Lunatic asylums Central Provinces reports 1886-1894 - 1886-1894
Year: 1886
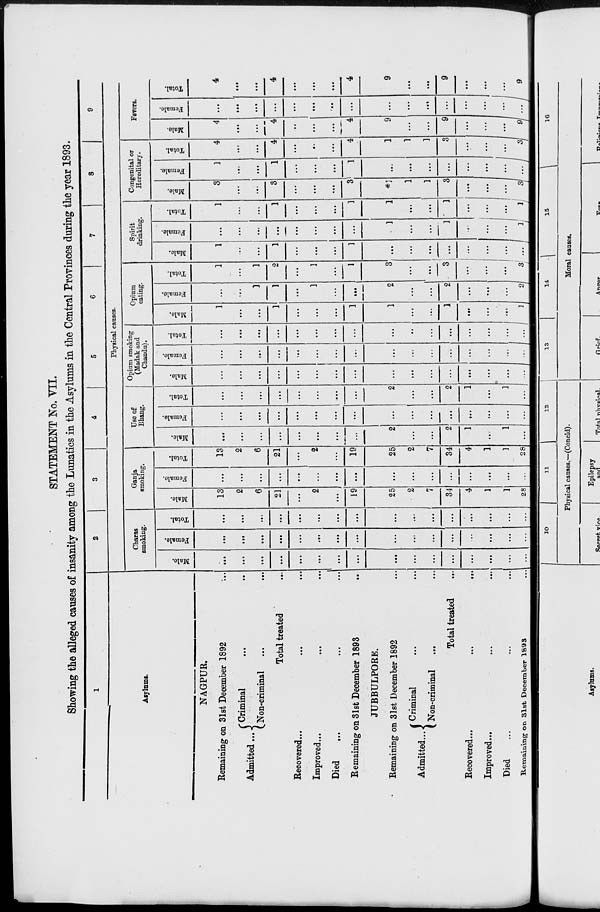
STATEMENT No. VII.
Showing the alleged causes of insanity among the Lunatics in the Asylums in the Central Provinces during the year 1893.
1
Asylums.
NAGPUR.
Remaining on 31st December 1892 ...
Admitted ...
Criminal ... ...
Non-criminal ... ...
Total treated ...
Recovered ... ... ...
Improved ... ... ...
Died
...
...
...
Remaining on 31st December 1893 ...
JUBBULPORE.
Remaining on 31st December 1892 ...
Admitted ...
Criminal ... ...
Non-criminal ... ...
Total treated ...
Recovered ... ... ...
Improved ... ... ...
Died
...
...
...
Remaining on 31st December 1893 ...
2
3
4
5
6
7
8
9
Physical causes.
Charas
smoking.
Male.
...
...
...
...
...
...
...
...
...
...
...
...
...
...
...
...
Female.
...
...
...
...
...
...
...
...
...
...
...
...
...
...
...
...
Total.
...
...
...
...
...
...
...
...
...
...
...
...
...
...
...
...
Ganja
smoking.
Male.
13
2
6
21
...
2
...
19
25
2
7
34
4
1
1
28
Female.
...
...
...
...
...
...
...
...
...
...
...
...
...
...
...
...
Total.
13
2
6
21
...
2
...
19
25
2
7
34
4
1
1
28
Use of
Bhang.
Male.
...
...
...
...
...
...
...
...
2
...
...
2
1
...
1
...
Female.
...
...
...
...
...
...
...
...
...
...
...
...
...
...
...
...
Total.
...
...
...
...
...
...
...
...
2
...
...
2
1
...
1
...
Opium smoking
(Madak and
Chandu).
Male.
...
...
...
...
...
...
...
...
...
...
...
...
...
...
...
...
Female.
...
...
...
...
...
...
...
...
...
...
...
...
...
...
...
...
Total.
...
...
...
...
...
...
...
...
...
...
...
...
...
...
...
...
Opium
eating.
Male.
1
...
...
1
...
...
...
1
1
...
...
1
...
...
...
1
Female.
...
...
1
1
...
1
...
...
2
...
...
2
...
...
...
2
Total.
1
...
1
2
...
1
...
1
3
...
...
3
...
...
...
3
Spirit
drinking.
Male.
1
...
...
1
...
...
...
1
...
...
...
...
...
...
...
...
Female.
...
...
...
...
...
...
...
...
1
...
...
1
...
...
...
1
Total.
1
...
...
1
...
...
...
1
1
...
...
1
...
...
...
1
Congenital or
Hereditary.
Male.
3
...
...
3
...
...
...
3
*1
1
1
3
...
...
...
3
Female.
1
...
...
1
...
...
...
1
...
...
...
...
...
...
...
...
Total.
4
...
...
4
...
...
...
4
1
1
1
3
...
...
...
3
Fevers.
Male.
4
...
...
4
...
...
...
4
9
...
...
9
...
...
...
9
Female.
...
...
...
...
...
...
...
...
...
...
...
...
...
...
...
...
Total.
4
...
...
4
...
...
...
4
9
...
...
9
...
...
...
9